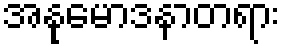
အနုမောဒနာတရား